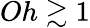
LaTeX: Oh\gtrsim 1